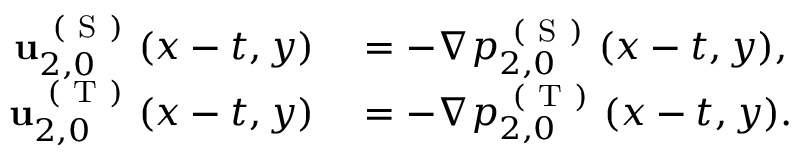
\begin{array} { r l } { \mathbf { u } _ { 2 , 0 } ^ { \mathrm { ~ ( ~ S ~ ) ~ } } ( x - t , y ) } & { { } = - \nabla p _ { 2 , 0 } ^ { \mathrm { ~ ( ~ S ~ ) ~ } } ( x - t , y ) , } \\ { \mathbf { u } _ { 2 , 0 } ^ { \mathrm { ~ ( ~ T ~ ) ~ } } ( x - t , y ) } & { { } = - \nabla p _ { 2 , 0 } ^ { \mathrm { ~ ( ~ T ~ ) ~ } } ( x - t , y ) . } \end{array}